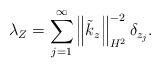
LaTeX: \begin{align*}\lambda_{Z}=\sum_{j=1}^{\infty}\left\Vert \tilde{k}_{z}\right\Vert _{H^{2}}^{-2}\delta_{z_{j}}. \end{align*}